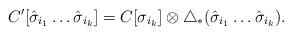
\begin{align*}C'[\hat{\sigma}_{i_1}\ldots\hat{\sigma}_{i_k}]=C[\sigma_{i_k}]\otimes \triangle_\ast(\hat{\sigma}_{i_1}\ldots\hat{\sigma}_{i_k}).\end{align*}